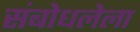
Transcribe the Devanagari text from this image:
संबोधलेला